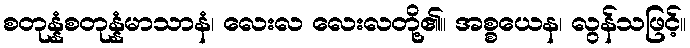
စတုန္နံစတုန္နံမာသာနံ၊ လေးလ လေးလတို့၏။ အစ္စယေန၊ လွန်သဖြင့်။